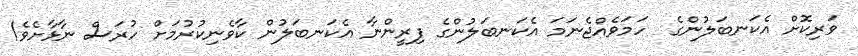
ވަރިކޮށް އެކަނބަލުންގެ  ހަމަވެއްޖެނަމަ އެކަނބަލުންގެ ފިރީންނާ އެކަނބަލުން ކާވެނިކުރުމަށް ހުރަސް ނާޅާށެވެ!